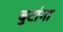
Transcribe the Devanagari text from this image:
बुटांना